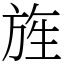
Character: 旌